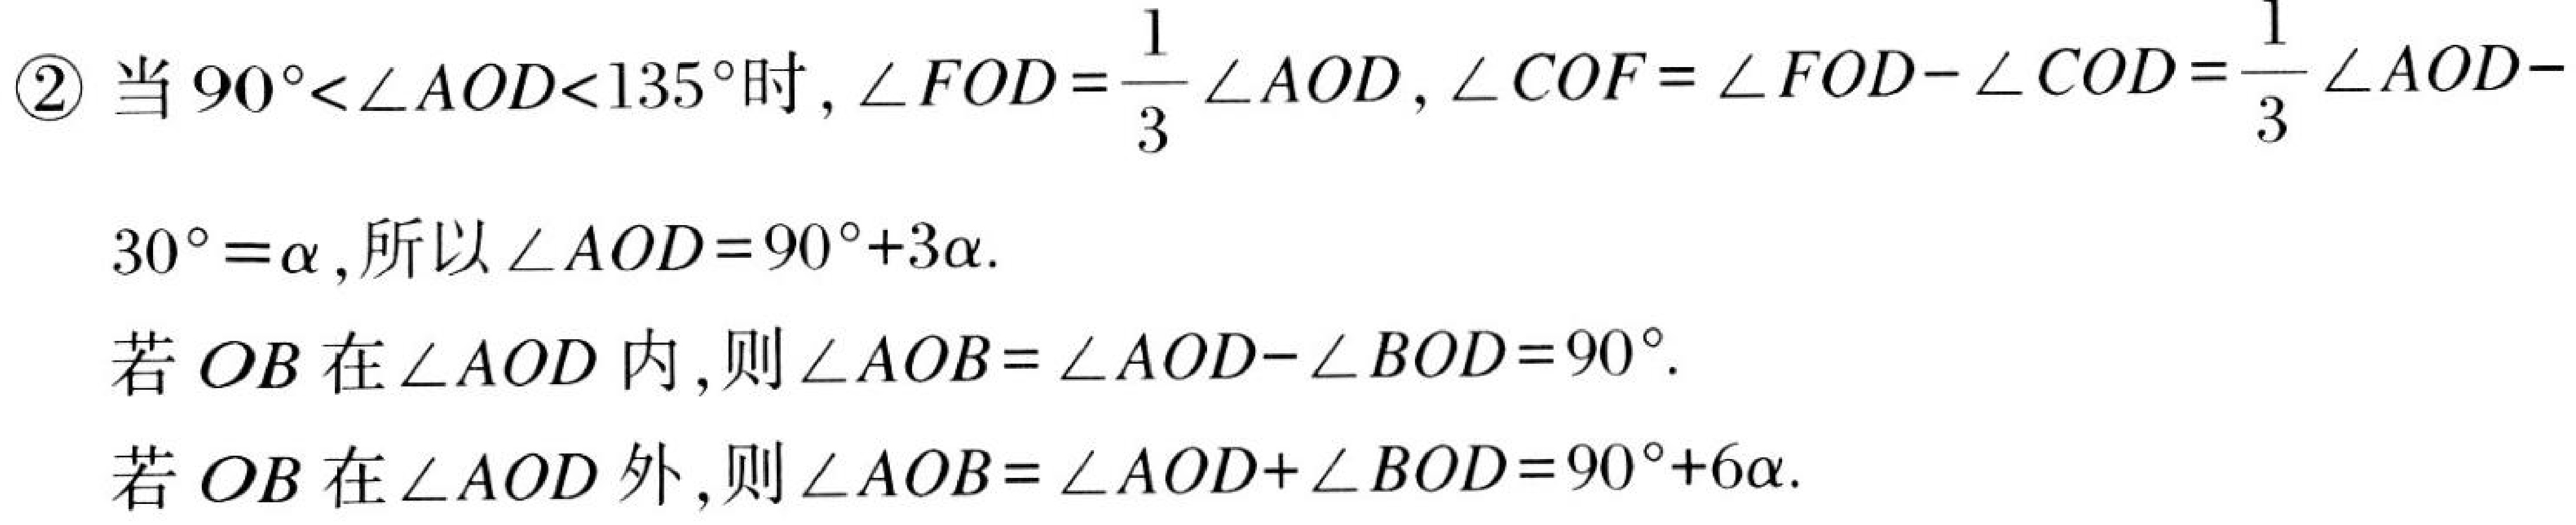
\textcircled{2} 当$90^{\circ}<\angle AOD<135^{\circ}$时，$\angle FOD = \frac{1}{3}\angle AOD$，$\angle COF=\angle FOD - \angle COD=\frac{1}{3}\angle AOD - $
$30^{\circ}=\alpha$，所以$\angle AOD = 90^{\circ}+3\alpha$.
若$OB$在$\angle AOD$内，则$\angle AOB=\angle AOD - \angle BOD = 90^{\circ}$.
若$OB$在$\angle AOD$外，则$\angle AOB=\angle AOD+\angle BOD = 90^{\circ}+6\alpha$.